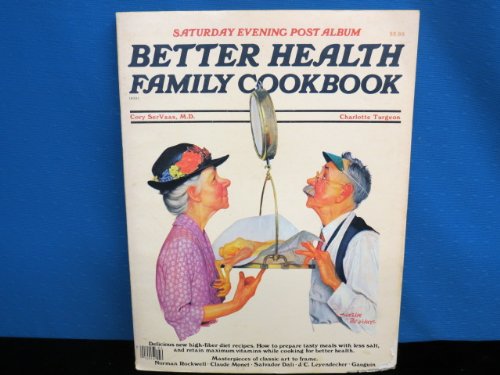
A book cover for Saturday Evening Post album: Better health family cookbook; Cory SerVaas; Health, Fitness & Dieting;